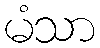
မံသာ